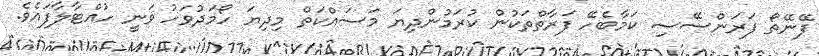
ފޭނޭތޯ ފަރަންސޭސި ކަމާބެހޭ ފަރާތްތަކުން ކުރަމުންދިޔަ މަސައްކަތް މިދިޔަ ހޯމަދުވަހު ވަނީ ހުއްޓާލާފައެވެ.